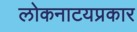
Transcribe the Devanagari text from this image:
लोकनाटयप्रकार